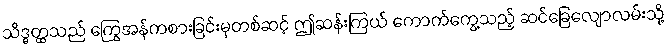
သိဒ္ဓတ္ထသည် ကြွေအန်ကစားခြင်းမှတစ်ဆင့် ဤဆန်းကြယ် ကောက်ကွေ့သည့် ဆင်ခြေလျောလမ်းသို့